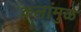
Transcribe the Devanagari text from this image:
कलांमुळे